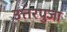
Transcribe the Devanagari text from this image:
उत्तरपुजा